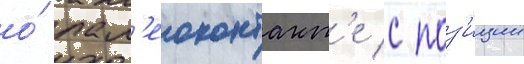
о́ пал'еоконтакт'е с поз'иции